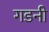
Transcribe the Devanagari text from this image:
गडनी